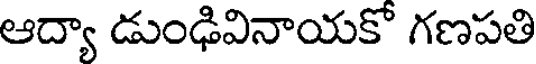
ఆద్యా డుంఢివినాయకో గణపతి